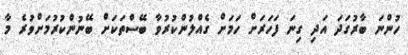
ހުންނަ ބާރުގަދަ އަދި ގިނަ ފަހަރަށް ހަމަށް ގެއްލުންކުރުވާ ބޭސްތަކަށް ބޭނުންކުރުމަށްވުރެ މާ